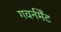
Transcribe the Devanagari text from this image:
गवर्नमेँट